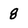
Character: 8